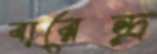
বারেন্দ্র